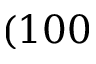
( 1 0 0